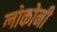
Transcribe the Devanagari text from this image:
लोकोनी